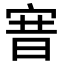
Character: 㝜